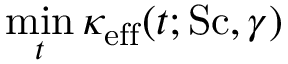
\operatorname* { m i n } _ { t } \kappa _ { \mathrm { e f f } } ( t ; \mathrm { S c } , \gamma )